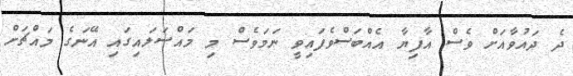
ދެ ދައުވާއަށް ވެސް އާފިޔާ އެއްބަސްވެފައިވީ ނަމަވެސް މި މައްސަލައިގައި އޭނަގެ މައްޗަށް